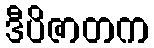
ဒီပိဇာတက